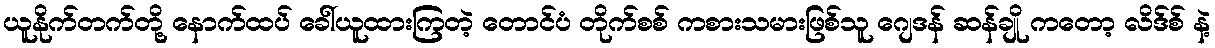
ယူနိုက်တက်တို့ နောက်ထပ် ခေါ်ယူထားကြတဲ့ တောင်ပံ တိုက်စစ် ကစားသမားဖြစ်သူ ဂျေဒန် ဆန်ချို ကတော့ လိဒ်စ် နဲ့